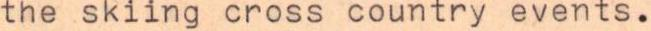
the skiing cross country events.